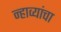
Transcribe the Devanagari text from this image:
न्हाव्यांचा